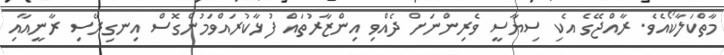
މާތްކަލާކޯއެވެ. ރާއްޖޭގެ އެކި ސިޔާސީ ވެރިންނަށް ދެއްވި އިންޒާރުތައް ފުޅާކުރައްވަމުންގޮސް އިނގިރޭސި ރާނީއާއި